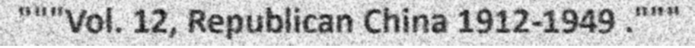
"""Vol. 12, Republican China 1912-1949 ."""